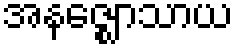
အနဇ္ဈောသာယ